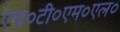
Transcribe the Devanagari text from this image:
एच०टी०एम०एल०